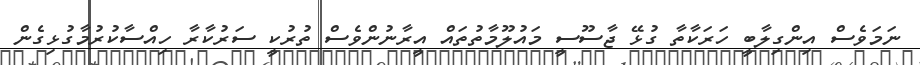
ނަމަވެސް އިންގިލާބީ ހަރަކާތާ ގުޅޭ ޖާސޫސީ މައުލޫމާތުތައް އީރާނުންވެސް ތުރުކީ ސަރުކާރާ ހިއްސާކުރުމާގުޅިގެން